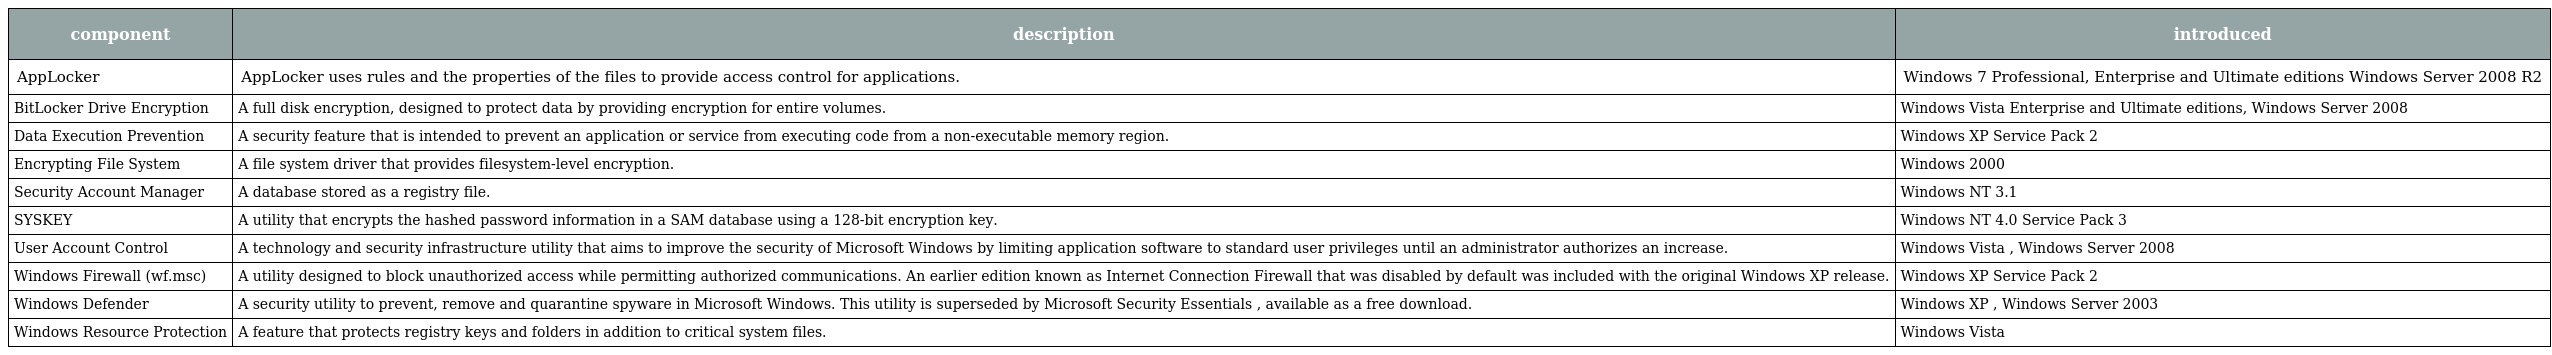
| component | description | introduced |
 | --- | --- | --- |
 | AppLocker | AppLocker uses rules and the properties of the files to provide access control for applications. | Windows 7 Professional, Enterprise and Ultimate editions Windows Server 2008 R2 |
 | BitLocker Drive Encryption | A full disk encryption, designed to protect data by providing encryption for entire volumes. | Windows Vista Enterprise and Ultimate editions, Windows Server 2008 |
 | Data Execution Prevention | A security feature that is intended to prevent an application or service from executing code from a non-executable memory region. | Windows XP Service Pack 2 |
 | Encrypting File System | A file system driver that provides filesystem-level encryption. | Windows 2000 |
 | Security Account Manager | A database stored as a registry file. | Windows NT 3.1 |
 | SYSKEY | A utility that encrypts the hashed password information in a SAM database using a 128-bit encryption key. | Windows NT 4.0 Service Pack 3 |
 | User Account Control | A technology and security infrastructure utility that aims to improve the security of Microsoft Windows by limiting application software to standard user privileges until an administrator authorizes an increase. | Windows Vista , Windows Server 2008 |
 | Windows Firewall (wf.msc) | A utility designed to block unauthorized access while permitting authorized communications. An earlier edition known as Internet Connection Firewall that was disabled by default was included with the original Windows XP release. | Windows XP Service Pack 2 |
 | Windows Defender | A security utility to prevent, remove and quarantine spyware in Microsoft Windows. This utility is superseded by Microsoft Security Essentials , available as a free download. | Windows XP , Windows Server 2003 |
 | Windows Resource Protection | A feature that protects registry keys and folders in addition to critical system files. | Windows Vista |